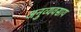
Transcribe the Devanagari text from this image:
अनुव्यवसाय